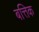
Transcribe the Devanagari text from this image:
बत्तिक